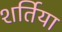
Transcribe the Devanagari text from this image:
शर्तिया